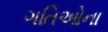
ગતિઓના